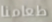
طعامنا